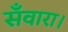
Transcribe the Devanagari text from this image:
सँवारा।